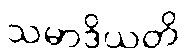
သမာဒိယတိ